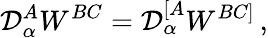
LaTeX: {\cal D}_{\alpha}^{A}W^{BC}={\cal D}_{\alpha}^{[A}W^{BC]}\, ,